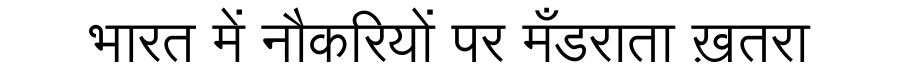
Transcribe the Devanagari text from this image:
भारत में नौकरियों पर मँडराता ख़तरा